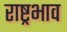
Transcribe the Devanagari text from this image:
राष्ट्रभाव